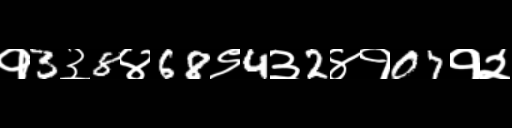
Text: १3३8४68९4३2४१07१२